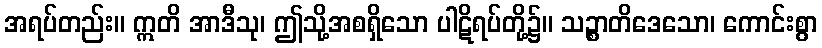
အရပ်တည်း။ ဣတိ အာဒီသု၊ ဤသို့အစရှိသော ပါဋိရပ်တို့၌။ သဉ္စာတိဒေသော၊ ကောင်းစွာ